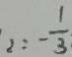
2 : - \frac { 1 } { 3 }